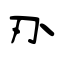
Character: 刅